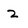
Character: 2